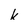
Character: k